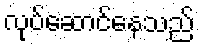
လုပ်ဆောင်နေသည်